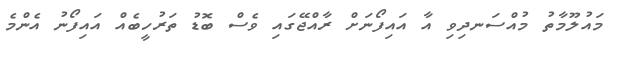
މައުލޫމާތު މުއްސަނދިވި އާ އައިފޯނަށް ރާއްޖޭގައި ވެސް ބޮޑު ތަރުހީބެއް އައިފޯނު އެންމެ